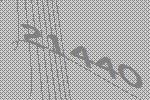
21440